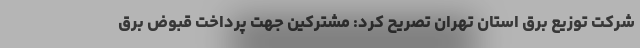
شرکت توزیع برق استان تهران تصریح کرد: مشترکین جهت پرداخت قبوض برق